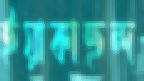
ইয়াকাহুন্দ